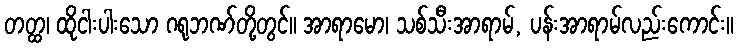
တတ္ထ၊ ထိုငါးပါးသော ဂရုဘဏ်တို့တွင်။ အာရာမော၊ သစ်သီးအာရာမ်, ပန်းအာရာမ်လည်းကောင်း။